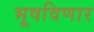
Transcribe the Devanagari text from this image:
भूषविणार